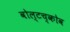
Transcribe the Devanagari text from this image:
वोल्टच्कोव